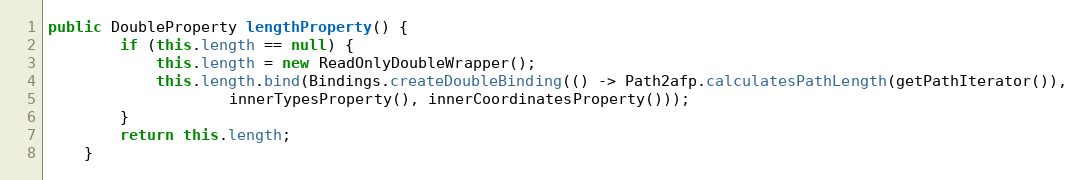
Language: Java
public DoubleProperty lengthProperty() {
		if (this.length == null) {
			this.length = new ReadOnlyDoubleWrapper();
			this.length.bind(Bindings.createDoubleBinding(() -> Path2afp.calculatesPathLength(getPathIterator()),
					innerTypesProperty(), innerCoordinatesProperty()));
		}
		return this.length;
	}